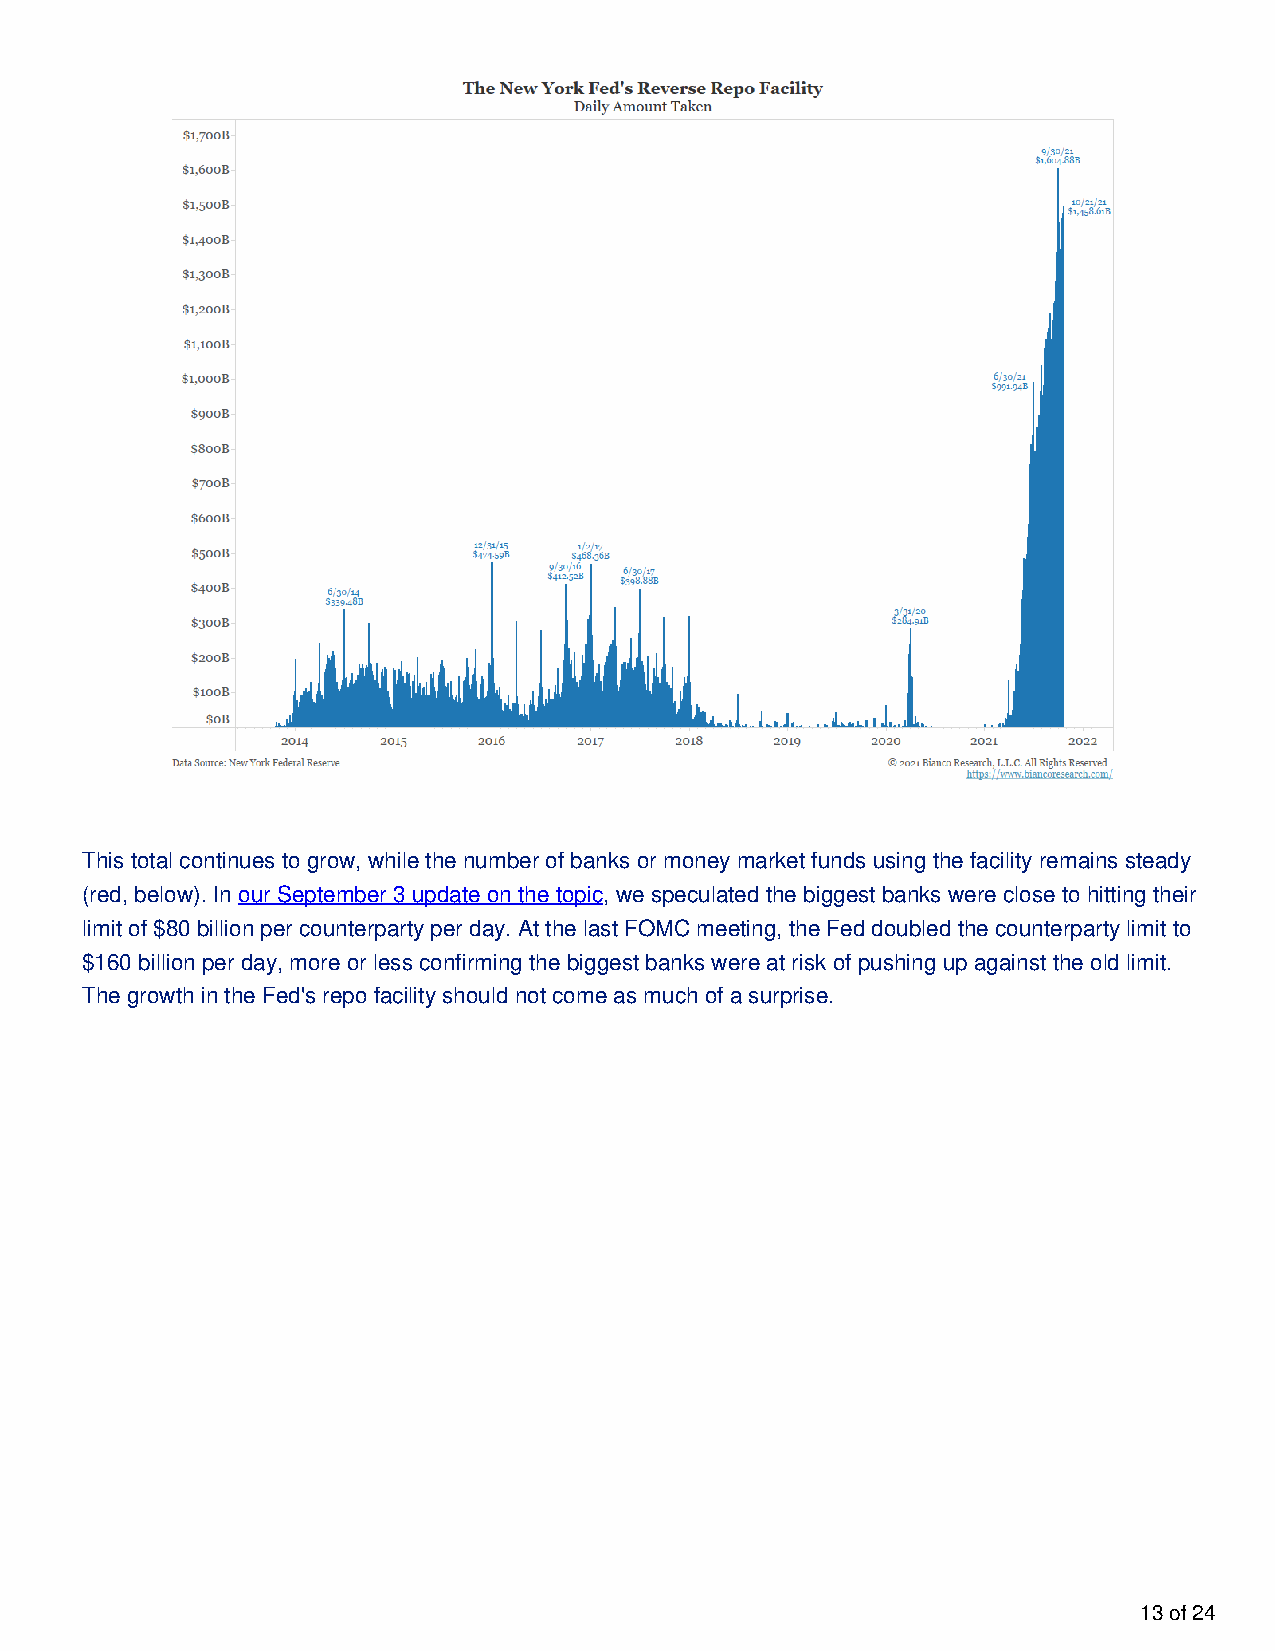
This total continues to grow, while the number of banks or money market funds using the facility remains steady
 (red, below). In our September 3 update on the topic, we speculated the biggest banks were close to hitting their
 limit of $80 billion per counterparty per day. At the last FOMC meeting, the Fed doubled the counterparty limit to
 $160 billion per day, more or less confirming the biggest banks were at risk of pushing up against the old limit.
 The growth in the Fed's repo facility should not come as much of a surprise.
 13 of 24